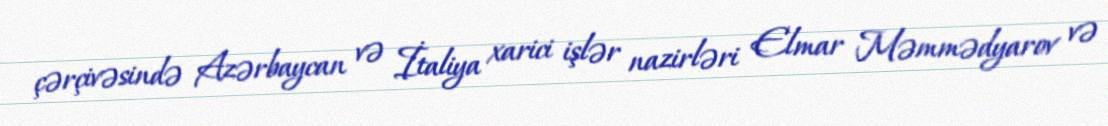
çərçivəsində Azərbaycan və İtaliya xarici işlər nazirləri Elmar Məmmədyarov və